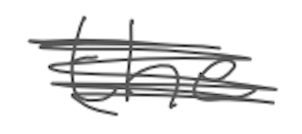
Text: the
Cross-out: scratch
Writing tool: digital_gray